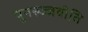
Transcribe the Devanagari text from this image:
पुनरुज्जवीति